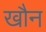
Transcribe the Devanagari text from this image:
खौन